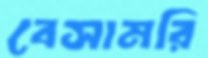
বেসামরি